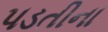
પડતીના